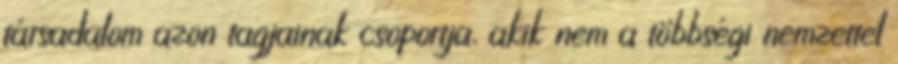
társadalom azon tagjainak csoportja, akik nem a többségi nemzettel